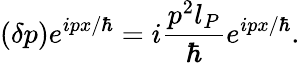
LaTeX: (\delta p)e^{ipx/\hbar}=i\frac{p^{2}l_{P}}{\hbar}e^{ipx/\hbar}.